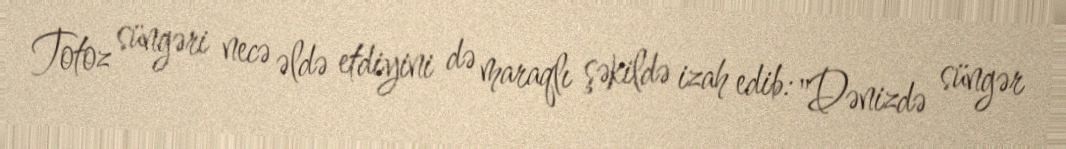
Totoz süngəri necə əldə etdiyini də maraqlı şəkildə izah edib: "Dənizdə süngər